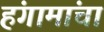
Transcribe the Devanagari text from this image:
हंगामांचा